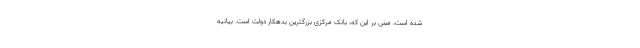
شده است، مبنی بر این که، بانک مرکزی بزرگترین بدهکار دولت است. بیانیه